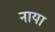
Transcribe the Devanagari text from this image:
नाया